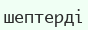
шептерді